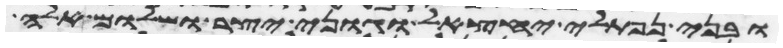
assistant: ובני נפתלי יחצאל וגוני יצר ושלום אלה